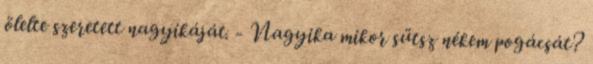
ölelte szeretett nagyikáját. - Nagyika mikor sütsz nékem pogácsát?